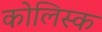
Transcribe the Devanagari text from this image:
कोलिस्क